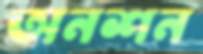
অনশন